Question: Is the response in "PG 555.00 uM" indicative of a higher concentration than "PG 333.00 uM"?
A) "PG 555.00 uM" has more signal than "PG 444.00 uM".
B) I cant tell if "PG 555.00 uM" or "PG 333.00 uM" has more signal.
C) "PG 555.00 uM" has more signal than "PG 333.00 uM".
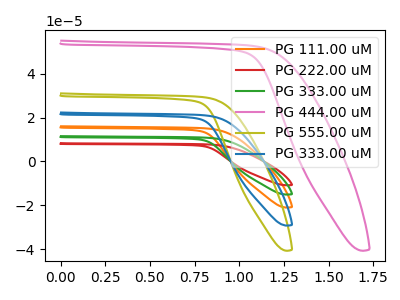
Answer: <think>The orange curve "PG 111.00 uM" has no peaks. The red curve "PG 222.00 uM" has no peaks. The green curve "PG 333.00 uM" has no peaks. The pink curve "PG 444.00 uM" has no peaks. The olive curve "PG 555.00 uM" has no peaks. The blue curve "PG 333.00 uM" has no peaks.
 Neither "PG 555.00 uM" or "PG 333.00 uM" have any peaks.</think>
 <answer>B) I cant tell if "PG 555.00 uM" or "PG 333.00 uM" has more signal.</answer>
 <eval>B</eval>